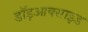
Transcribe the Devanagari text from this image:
डॉइआक्साइड